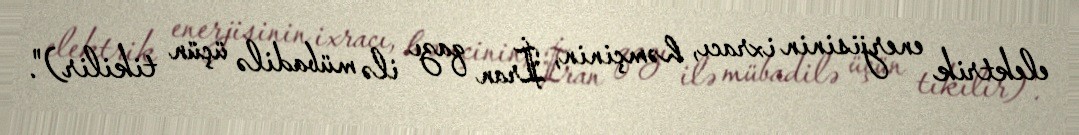
elektrik enerjisinin ixracı, həmçinin, İran qazı ilə mübadilə üçün tikilir)".